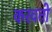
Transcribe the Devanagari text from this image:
करवतो